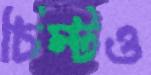
চিম্‌টও